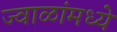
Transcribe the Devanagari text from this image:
ज्वाळांमध्ये